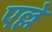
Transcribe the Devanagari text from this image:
एल्ले